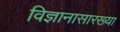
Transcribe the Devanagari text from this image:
विज्ञानासारख्या